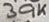
Text: 39K